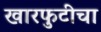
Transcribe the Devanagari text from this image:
खारफुटीचा